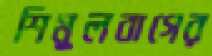
শিমুলবাগের